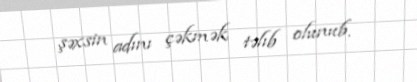
şəxsin adını çəkmək təlıb olunub.